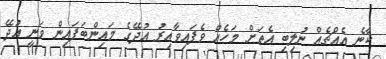
ކާނެ އެއްޗެއް ނުލިބި އެތަށް މަހެއް ވެފައިވާއިރު އުދޭގެ މައިންބަފައިން ވަނީ އުދޭ